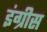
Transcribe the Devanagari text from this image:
इंग्रीस